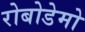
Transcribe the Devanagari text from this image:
रोबोडेमो